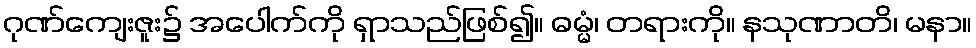
ဂုဏ်ကျေးဇူး၌ အပေါက်ကို ရှာသည်ဖြစ်၍။ ဓမ္မံ၊ တရားကို။ နသုဏာတိ၊ မနာ။